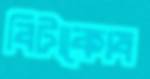
বিটাকোষ